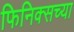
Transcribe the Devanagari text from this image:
फिनिक्सच्या